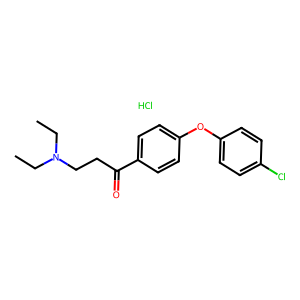
SMILES: CCN(CC)CCC(=O)c1ccc(Oc2ccc(Cl)cc2)cc1.Cl
Inhibits HIV replication: No